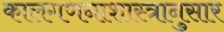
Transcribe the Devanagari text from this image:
कालगणनाशास्त्रानुसार